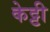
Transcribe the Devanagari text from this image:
केट्टी